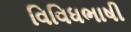
વિવિધભાષી